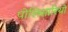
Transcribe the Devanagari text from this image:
पोलिसारियो